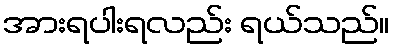
အားရပါးရလည်း ရယ်သည်။